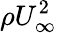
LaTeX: \rho U_{\infty}^{2}